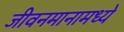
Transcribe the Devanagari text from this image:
जीवनमानामध्ये